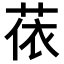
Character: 𦲤